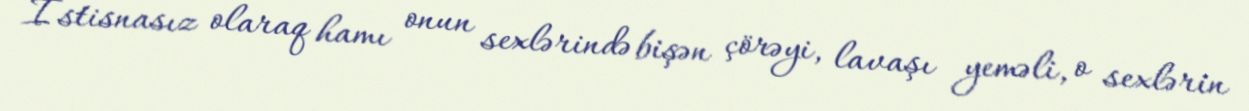
İstisnasız olaraq hamı onun sexlərində bişən çörəyi, lavaşı yeməli, o sexlərin